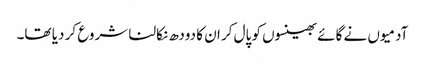
آدمیوں نے گائے بھینسوں کو پال کر ان کا دودھ نکالنا شروع کر دیا تھا۔